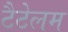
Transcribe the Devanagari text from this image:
टैटेलम